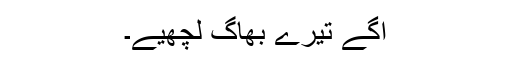
اگّے تیرے بھاگ لچھّیے۔